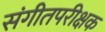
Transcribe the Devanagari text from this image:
संगीतपरीक्षक